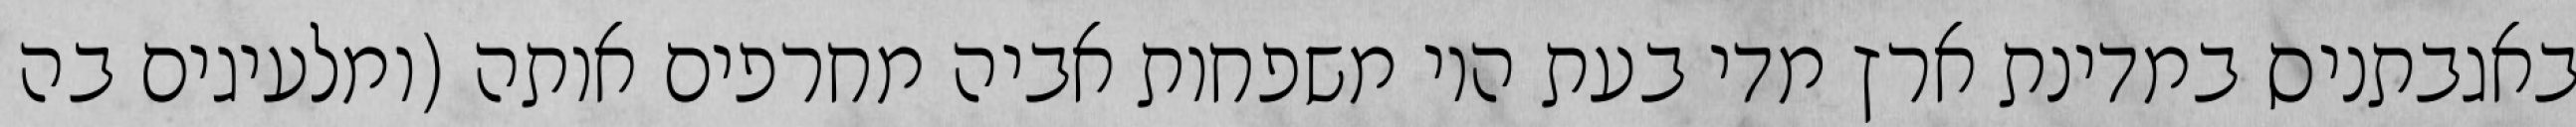
באגבתניס במדינת ארץ מדי בעת היו משפחות אביה מחרפים אותה (ומלעיגים בה